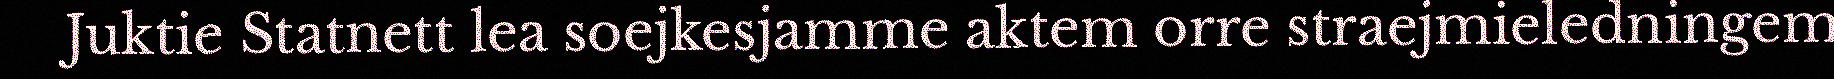
Juktie Statnett lea soejkesjamme aktem orre straejmieledningem